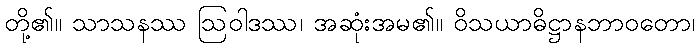
တို့၏။ သာသနဿ ဩဝါဒဿ၊ အဆုံးအမ၏။ ဝိသယာဓိဋ္ဌာနဘာဝတော၊